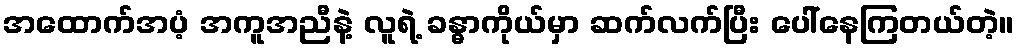
အထောက်အပံ့ အကူအညီနဲ့ လူရဲ့ ခန္ဓာကိုယ်မှာ ဆက်လက်ပြီး ပေါ်နေကြတယ်တဲ့။